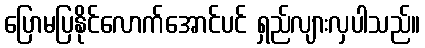
ပြောမပြနိုင်လောက်အောင်ပင် ရှည်လျားလှပါသည်။